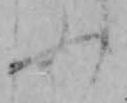
ふ